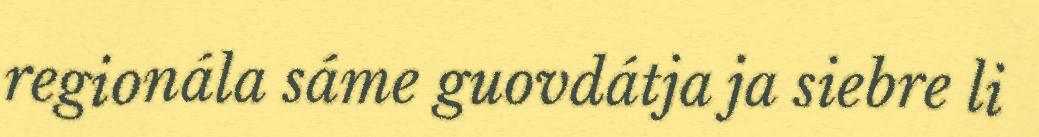
regionála sáme guovdátja ja siebre li